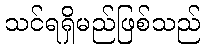
သင်ရရှိမည်ဖြစ်သည်